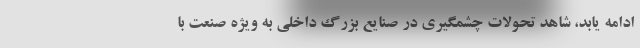
ادامه یابد، شاهد تحولات چشمگیری در صنایع بزرگ داخلی به ویژه صنعت با